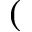
(